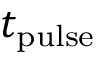
t _ { \mathrm { p u l s e } }